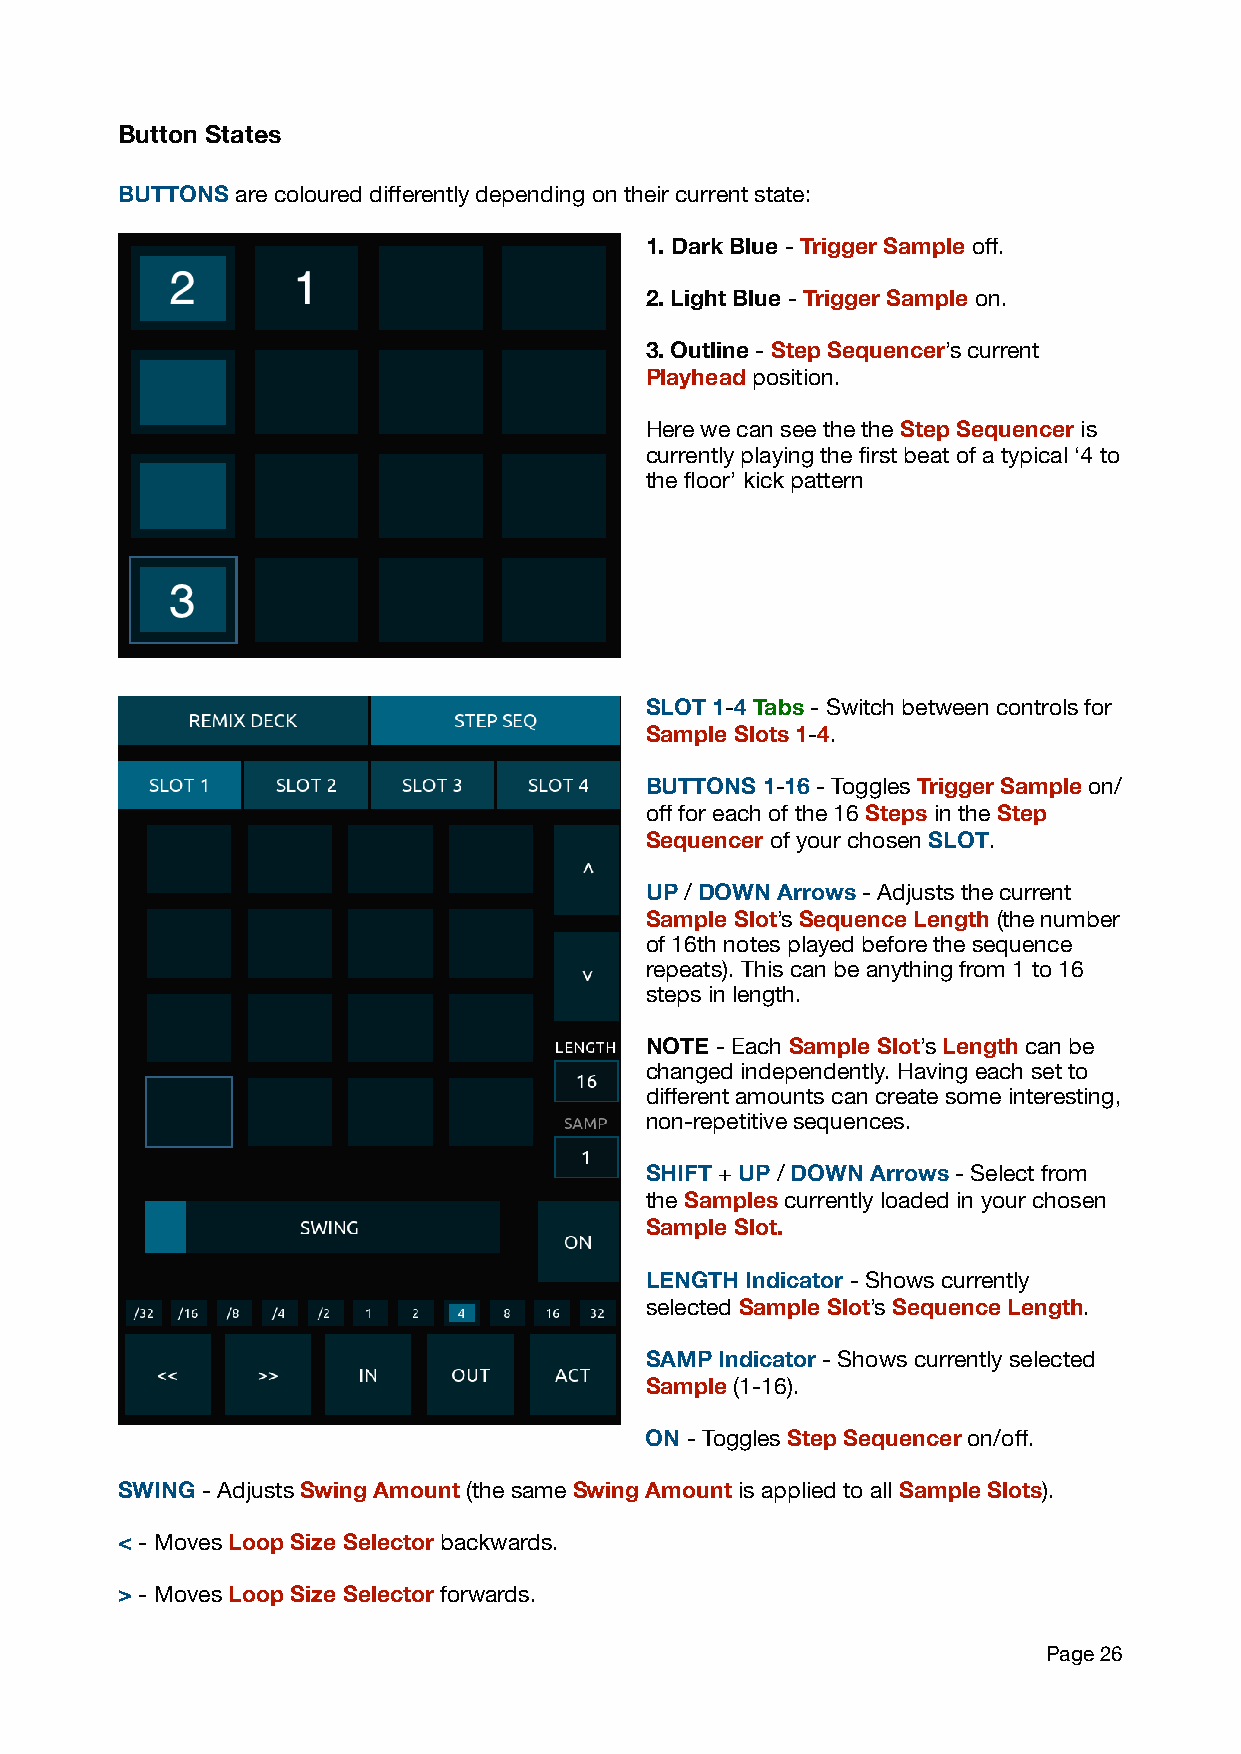
Button States
 BUTTONS are coloured differently depending on their current state:
 1. Dark Blue - Trigger Sample off.
 2. Light Blue - Trigger Sample on.
 3. Outline - Step Sequencer’s current
 Playhead position.
 Here we can see the the Step Sequencer is
 currently playing the first beat of a typical ‘4 to
 the floor’ kick pattern
 SLOT 1-4 Tabs - Switch between controls for
 Sample Slots 1-4.
 BUTTONS 1-16 - Toggles Trigger Sample on/
 off for each of the 16 Steps in the Step
 Sequencer of your chosen SLOT.
 UP / DOWN Arrows - Adjusts the current
 Sample Slot’s Sequence Length (the number
 of 16th notes played before the sequence
 repeats). This can be anything from 1 to 16
 steps in length.
 NOTE - Each Sample Slot’s Length can be
 changed independently. Having each set to
 different amounts can create some interesting,
 non-repetitive sequences.
 SHIFT + UP / DOWN Arrows - Select from
 the Samples currently loaded in your chosen
 Sample Slot.
 LENGTH Indicator - Shows currently
 selected Sample Slot’s Sequence Length.
 SAMP Indicator - Shows currently selected
 Sample (1-16).
 ON - Toggles Step Sequencer on/off.
 SWING - Adjusts Swing Amount (the same Swing Amount is applied to all Sample Slots).
 < - Moves Loop Size Selector backwards.
 > - Moves Loop Size Selector forwards.
 Page 26